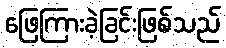
ဖြေကြားခဲ့ခြင်းဖြစ်သည်